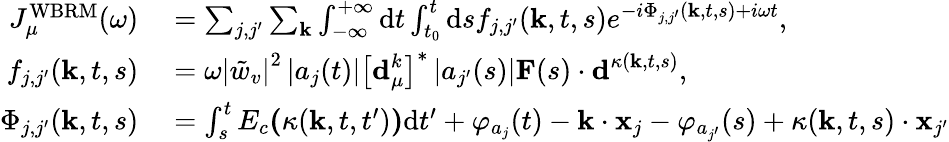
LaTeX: \begin{array}{rl}{J_{\mu}^{\mathrm{WBRM}}(\omega)}&{{}=\sum_{j,j^{\prime}}\sum_{\mathbf{k}}\int_{-\infty}^{+\infty}\mathrm{d}t\int_{t_{0}}^{t}\mathrm{d}sf_{j,j^{\prime}}(\textbf{k},t,s)e^{-i\Phi_{j,j^{\prime}}(\textbf{k},t,s)+i\omega t},}\\ {f_{j,j^{\prime}}(\textbf{k},t,s)}&{{}=\omega\left|\tilde{w}_{v}\right|^{2}\left|a_{j}(t)\right|\left[\textbf{d}_{\mu}^{k}\right]^{*}\left|a_{j^{\prime}}(s)\right|\textbf{F}(s)\cdot\textbf{d}^{\kappa(\textbf{k},t,s)},}\\ {\Phi_{j,j^{\prime}}(\textbf{k},t,s)}&{{}=\int_{s}^{t}E_{c}\textbf{(}\kappa(\textbf{k},t,t^{\prime})\textbf{)}\mathrm{d}t^{\prime}+\varphi_{a_{j}}(t)-\textbf{k}\cdot\textbf{x}_{j}-\varphi_{a_{j^{\prime}}}(s)+\kappa(\textbf{k},t,s)\cdot\textbf{x}_{j^{\prime}}}\end{array}